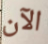
الآن